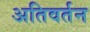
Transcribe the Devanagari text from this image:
अतिवर्तन